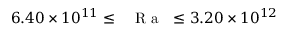
6 . 4 0 \times 1 0 ^ { 1 1 } \leq \mathrm { ~ \textit ~ { ~ R ~ a ~ } ~ } \leq 3 . 2 0 \times 1 0 ^ { 1 2 }